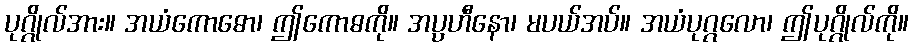
ပုဂ္ဂိုလ်အား။ အယံကောဓော၊ ဤကောဓကို။ အပ္ပဟီနော၊ မပယ်အပ်။ အယံပုဂ္ဂလော၊ ဤပုဂ္ဂိုလ်ကို။